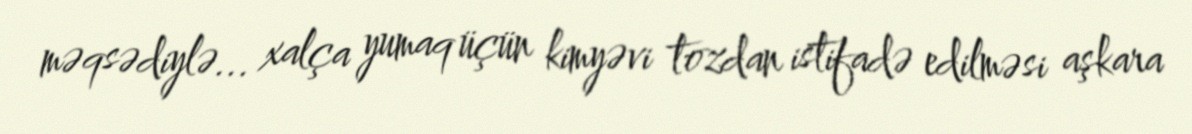
məqsədiylə... xalça yumaq üçün kimyəvi tozdan istifadə edilməsi aşkara